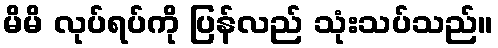
မိမိ လုပ်ရပ်ကို ပြန်လည် သုံးသပ်သည်။